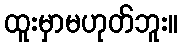
ထူးမှာမဟုတ်ဘူး။